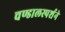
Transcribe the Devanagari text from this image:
चण्डालस्पर्शने